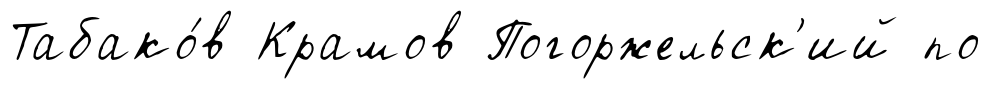
Табако́в Крамов Погоржельск'ий по